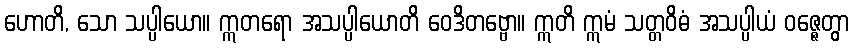
ဟောတိ, သော သပ္ပါယော။ ဣတရော အသပ္ပါယောတိ ဝေဒိတဗ္ဗော။ ဣတိ ဣမံ သတ္တဝိဓံ အသပ္ပါယံ ဝဇ္ဇေတွာ